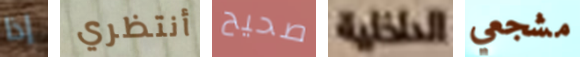
إذا أنتظري صحيح الداخلية مشجعي